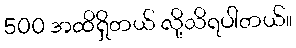
500 အထိရှိတယ် လို့သိရပါတယ်။